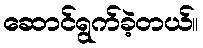
ဆောင်ရွက်ခဲ့တယ်။